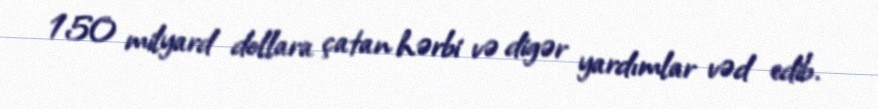
150 milyard dollara çatan hərbi və digər yardımlar vəd edib.